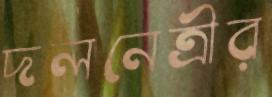
দলনেত্রীর